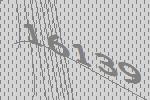
16139